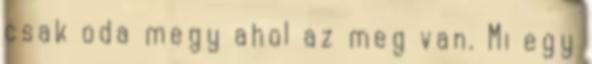
csak oda megy ahol az meg van. Mi egy